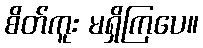
စိတ်ကူး မရှိကြပေ။